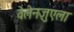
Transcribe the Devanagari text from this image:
वेलेनज़ुएला